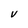
Character: V